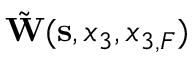
\tilde { \bf W } ( { \bf s } , x _ { 3 } , x _ { 3 , F } )